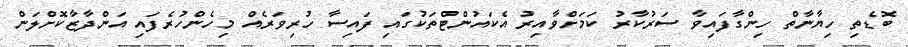
ބޮޑެތި ހިޔާނާތް ހިންގާފައިވާ ސަރުކާރު ކަމަށްވާއިރު އެކައުންޓްތަކުގައި ފައިސާ ހުރިވަރެއް މިހެންހުރެފައި އަންދާޒާކޮށްލަން